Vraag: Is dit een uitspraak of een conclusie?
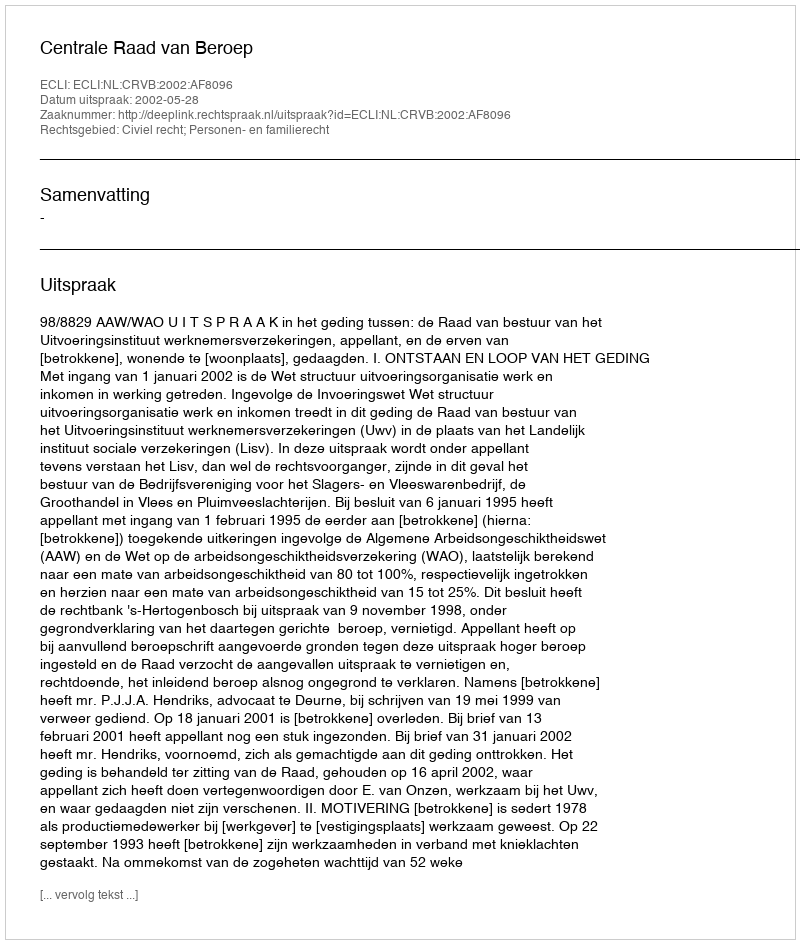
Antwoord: Uitspraak